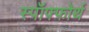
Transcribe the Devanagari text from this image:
स्पॉफ्फोर्थ